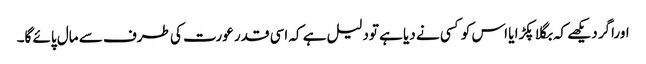
اوراگر دیکھے کہ بگلا پکڑا یا اس کو کسی نے دیا ہے تودلیل ہے کہ اسی قدر عورت کی طرف سے مال پائے گا۔